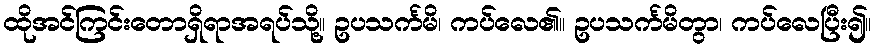
ထိုအင်ကြင်းတောရှိရာအရပ်သို့။ ဥပသင်္ကမိ၊ ကပ်လေ၏။ ဥပသင်္ကမိတွာ၊ ကပ်လေပြီး၍။